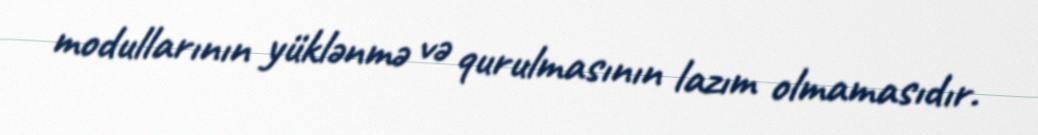
modullarının yüklənmə və qurulmasının lazım olmamasıdır.